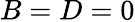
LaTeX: B=D=0